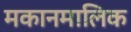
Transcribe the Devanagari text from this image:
मकानमालिक